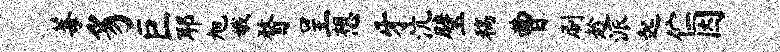
莓豸巨耶旭娥瞀呈想牙沆璧稿曹刷趁派起伫因